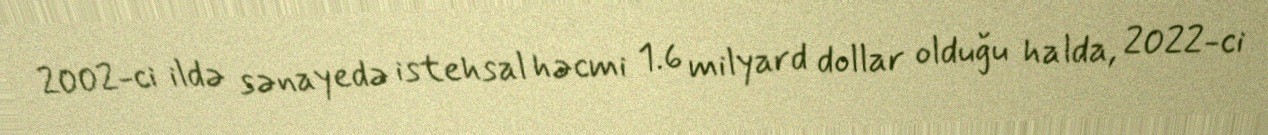
2002-ci ildə sənayedə istehsal həcmi 1.6 milyard dollar olduğu halda, 2022-ci